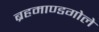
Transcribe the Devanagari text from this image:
ब्रहमाण्डगोले